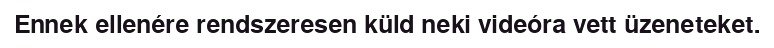
Ennek ellenére rendszeresen küld neki videóra vett üzeneteket.